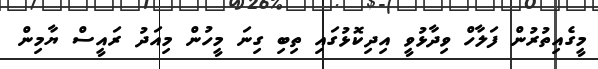
މީގެއިތުރުން ފަލާހް ވިދާޅުވީ އިދިކޮޅުގައި ތިބި ގިނަ މީހުން މިއަދު ރައީސް ޔާމިން